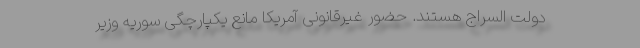
دولت السراج هستند. حضور غیرقانونی آمریکا مانع یکپارچگی سوریه وزیر